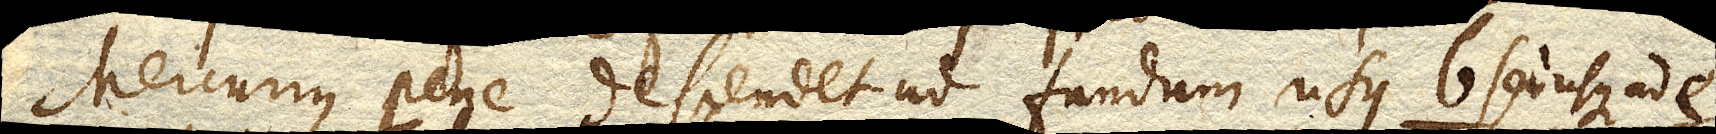
Mercurius pene descendet ad fundum usque b. seu usque ad e.